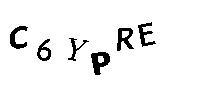
C6YPRE